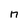
Character: n